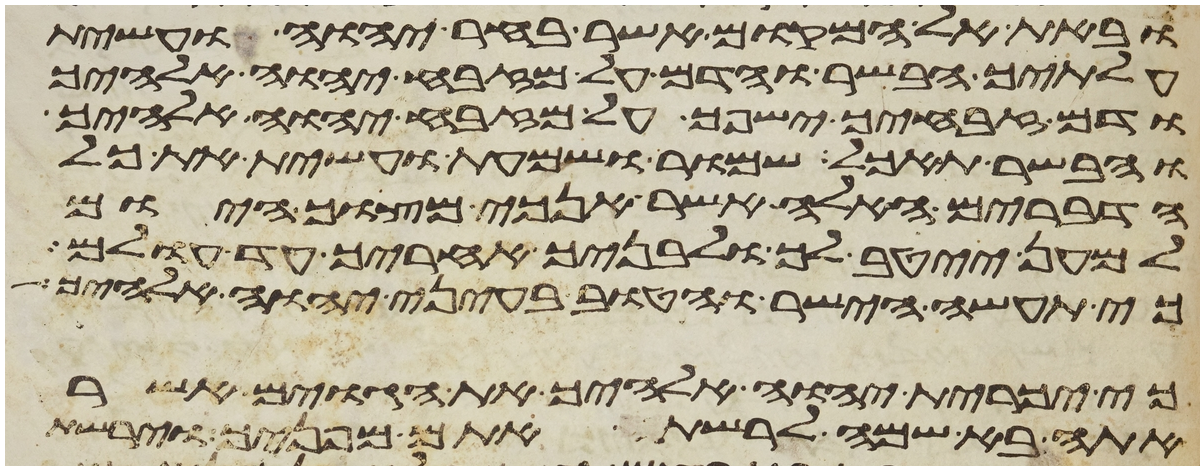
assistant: ובאת אל המקום אשר בחר יהוה ועשית
עלתיך הבשר והדם על מזבח יהוה אלהיך
ודם זבחיך ישפך על מזבח יהוה אלהיך
והבשר תאכל שמור ושמעת ועשית את כל
הדברים האלה אשר אנכי מצוך היום
למען ייטב לך ולבניך אחריך עד עולם
כי תעשה הישר והטוב בעיני יהוה אלהיך
כי יכרית יהוה אלהיך את הגוים אשר
אתה בא שם לרשת אתם מפניך וירשת